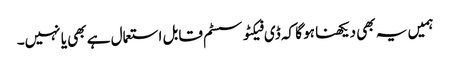
ہمیں یہ بھی دیکھنا ہو گا کہ ڈی فیکٹو سسٹم قابل استعمال ہے بھی یا نہیں۔